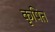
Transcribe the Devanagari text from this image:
कृषित